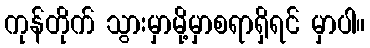
ကုန်တိုက် သွားမှာမို့မှာစရာရှိရင် မှာပါ။